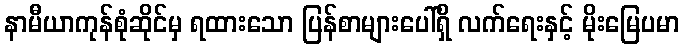
နာမီယာကုန်စုံဆိုင်မှ ရထားသော ပြန်စာများပေါ်ရှိ လက်ရေးနှင့် မိုးမြေပမာ